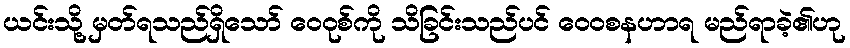
ယင်းသို့ မှတ်ရသည်ရှိသော် ဝေဝုစ်ကို သိခြင်းသည်ပင် ဝေဝစနဟာရ မည်ရာခဲ့၏ဟု